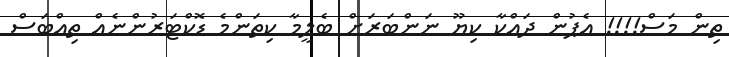
ތިން މަސް!!!! އެޕުން ދައްކާ ކިޔޫ ނަންބަރަށް ބެލީމާ ކިތަންމެ ޑޮކްޓަރުންނެއް ތިއްބަސް